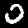
Label: 0